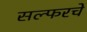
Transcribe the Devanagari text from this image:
सल्फरचे